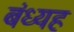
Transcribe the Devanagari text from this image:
बंध्यह